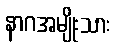
နာဂအမျိုးသား